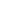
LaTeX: {\begin{array}{rl}\end{array}}\,